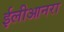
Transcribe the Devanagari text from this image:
ईलीआनरा